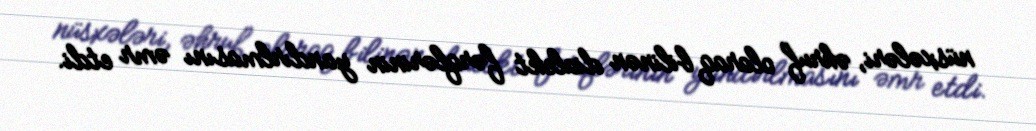
nüsxələri, əhruf olaraq bilinən dialekt fərqlərinin yandırlmasını əmr etdi.